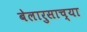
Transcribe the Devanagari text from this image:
बेलारुसाच्या